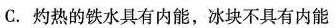
C.灼热的铁水具有内能，冰块不具有内能